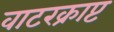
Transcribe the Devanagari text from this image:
वाटरक्राप्ट